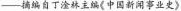
——摘编自丁淦林主编《中国新闻事业史》